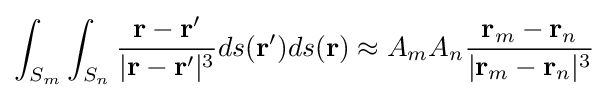
\int _{S_{m}}\int _{S_{n}}{\frac {\mathbf {r} -\mathbf {r^{\prime }} }{|\mathbf {r} -\mathbf {r^{\prime }} |^{3}}}ds(\mathbf {r^{\prime }} )ds(\mathbf {r} )\approx {A_{m}}{A_{n}}{\frac {\mathbf {r} _{m}-\mathbf {r} _{n}}{|\mathbf {r} _{m}-\mathbf {r} _{n}|^{3}}}